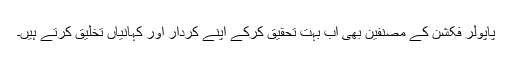
پاپولر فکشن کے مصنفین بھی اب بہت تحقیق کرکے اپنے کردار اور کہانیاں تخلیق کرتے ہیں۔